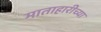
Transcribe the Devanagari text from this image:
माताहारीच्या